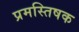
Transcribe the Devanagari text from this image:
प्रमस्तिषक